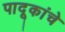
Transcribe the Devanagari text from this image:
पादूकांचे